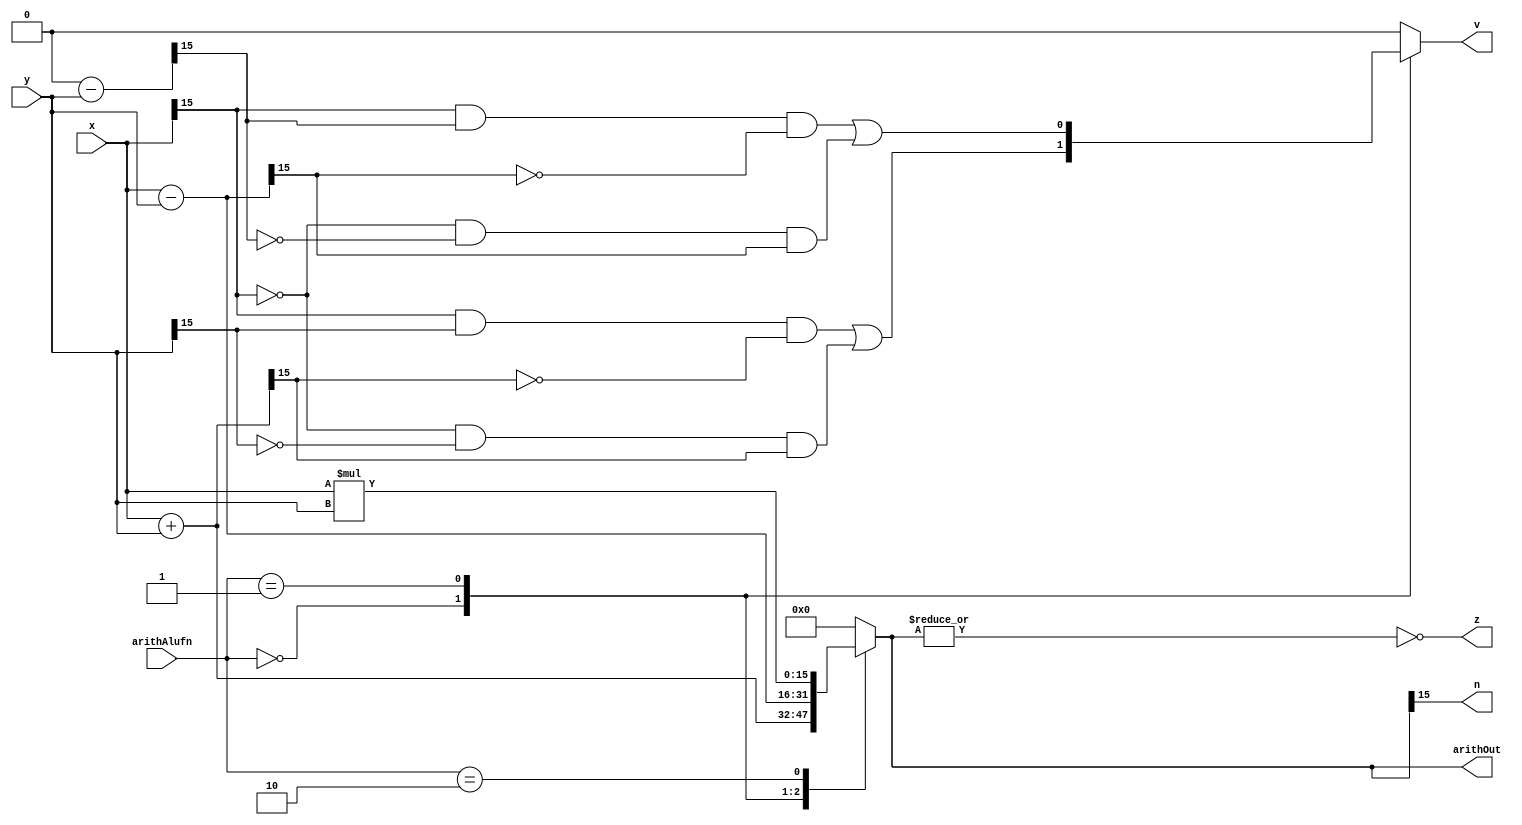
/*
   This file was generated automatically by Alchitry Labs version 1.2.7.
   Do not edit this file directly. Instead edit the original Lucid source.
   This is a temporary file and any changes made to it will be destroyed.
*/

module arith_16_7 (
    input [15:0] x,
    input [15:0] y,
    input [1:0] arithAlufn,
    output reg [15:0] arithOut,
    output reg z,
    output reg v,
    output reg n
  );
  
  
  
  reg [15:0] temp;
  
  reg [15:0] xb;
  
  always @* begin
    
    case (arithAlufn)
      2'h0: begin
        temp = $signed(x) + $signed(y);
        xb = y;
        v = ((x[15+0-:1] & y[15+0-:1] & (~temp[15+0-:1])) | ((~x[15+0-:1]) & (~y[15+0-:1]) & temp[15+0-:1]));
      end
      2'h1: begin
        temp = $signed(x) - $signed(y);
        xb = 1'h0 - y;
        v = ((x[15+0-:1] & xb[15+0-:1] & (~temp[15+0-:1])) | ((~x[15+0-:1]) & (~xb[15+0-:1]) & temp[15+0-:1]));
      end
      2'h2: begin
        temp = x * y;
        v = 1'h0;
      end
      default: begin
        temp = 16'h0000;
        v = 1'h0;
      end
    endcase
    n = temp[15+0-:1];
    z = ~(|temp);
    arithOut = temp;
  end
endmodule